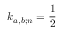
k _ { a , b ; \mathscr { n } } = \frac { 1 } { 2 }